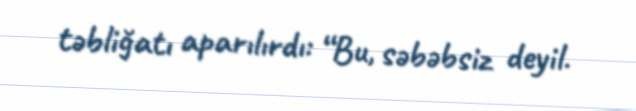
təbliğatı aparılırdı: “Bu, səbəbsiz deyil.